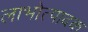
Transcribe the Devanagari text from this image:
लाभोत्पादक